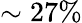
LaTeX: \sim 27\%